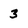
Character: 3